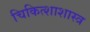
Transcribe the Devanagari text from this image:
चिकित्शाशास्त्र